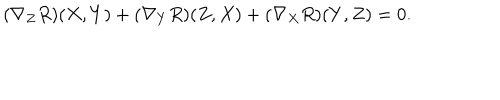
LaTeX: ( \nabla _ { Z } R ) ( X , Y ) + ( \nabla _ { Y } R ) ( Z , X ) + ( \nabla _ { X } R ) ( Y , Z ) = 0 .